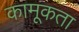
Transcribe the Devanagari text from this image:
कामूकता